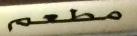
مطعم